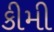
કીમી